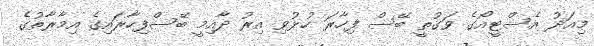
މިއަދު އެސްޓީއޯގެ ވަގުތީ ބޭސް ފިހާރަ ހުޅުވި އިރު ދާއިމީ ބޭސްފިހާރައިގެ އިމާރާތުގެ